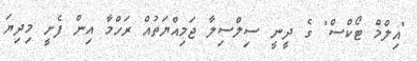
"އިލްމް ޓޯކްސް" ގެ ދީނީ ސިލްސިލާ ޖަމިއްޔަތުއް ރަހްމާ އިން ފެށީ މިދިޔަ